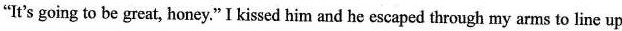
"It's going to be great, honey."I kissed him and he escaped through my arms to line up